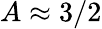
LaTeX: A\approx 3/2